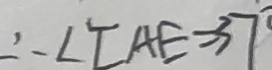
\therefore \angle C A E = 3 7